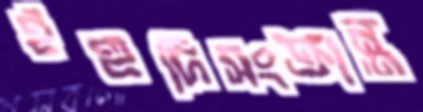
ইহুদিসংক্রান্ত